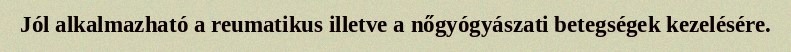
Jól alkalmazható a reumatikus illetve a nőgyógyászati betegségek kezelésére.